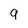
Character: 9